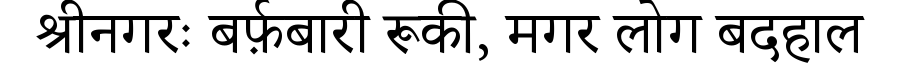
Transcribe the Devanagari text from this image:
श्रीनगरः बर्फ़बारी रूकी, मगर लोग बदहाल